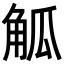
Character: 觚